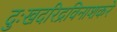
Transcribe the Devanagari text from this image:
दुःखदरिद्रविनाशकरे